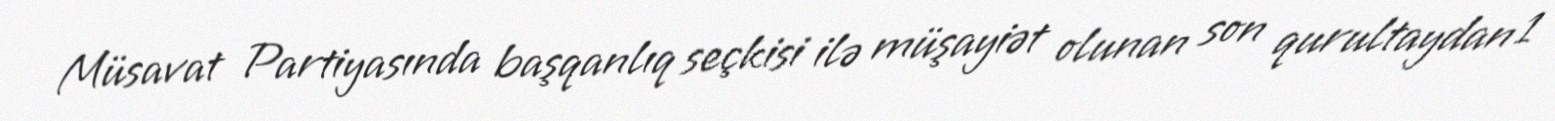
Müsavat Partiyasında başqanlıq seçkisi ilə müşayiət olunan son qurultaydan 1